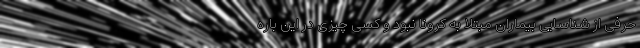
حرفی از شناسایی بیماران مبتلا به کرونا نبود و کسی چیزی در این باره